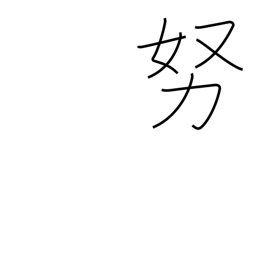
Meaning: as much as possible